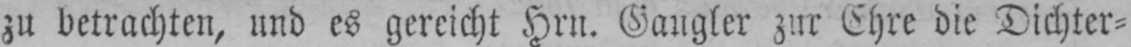
zu betrachten, und es gereicht Hrn. Gangler zur Ehre die Dichter⸗